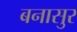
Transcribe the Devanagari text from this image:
बनासुर